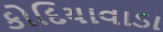
કોદિયાવાડા